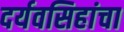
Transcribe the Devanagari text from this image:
दर्यवसिहांचा